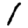
Digit: 1